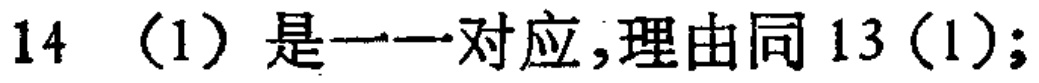
14 （1）是一一对应,理由同 13（1）;